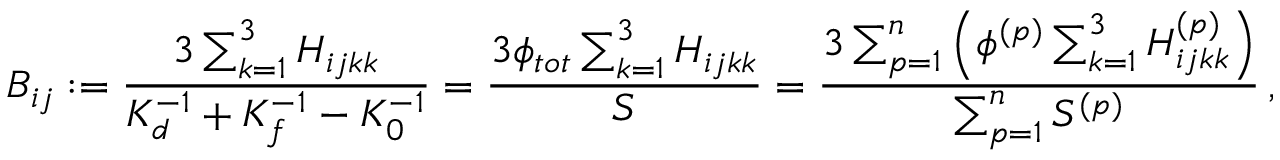
B _ { i j } : = \frac { 3 \sum _ { k = 1 } ^ { 3 } H _ { i j k k } } { K _ { d } ^ { { - 1 } } + K _ { f } ^ { - 1 } - K _ { 0 } ^ { - 1 } } = \frac { 3 \phi _ { t o t } \sum _ { k = 1 } ^ { 3 } H _ { i j k k } } { S } = \frac { 3 \sum _ { p = 1 } ^ { n } \left( \phi ^ { ( p ) } \sum _ { k = 1 } ^ { 3 } H _ { i j k k } ^ { ( p ) } \right) } { \sum _ { p = 1 } ^ { n } S ^ { ( p ) } } \, ,